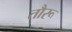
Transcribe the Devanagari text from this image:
तौरू